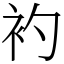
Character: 𧘑